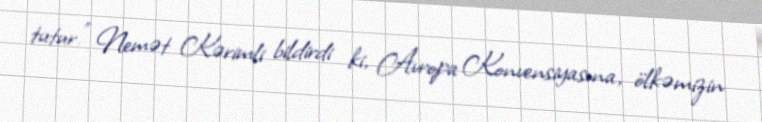
tutur.” Nemət Kərimli bildirdi ki, Avropa Konvensiyasına, ölkəmizin